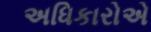
અધિકારોએ